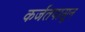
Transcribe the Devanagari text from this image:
कर्जतपासून